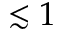
\lesssim 1